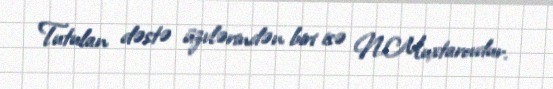
Tutulan dəstə üzvlərindən biri isə N.Muxtarovdur.